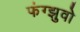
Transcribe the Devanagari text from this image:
फंग्झुवो